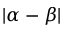
\vert \alpha - \beta \vert